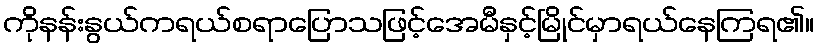
ကိုနန်းနွယ်ကရယ်စရာပြောသဖြင့်အေမီနှင့်မြိုင်မှာရယ်နေကြရ၏။